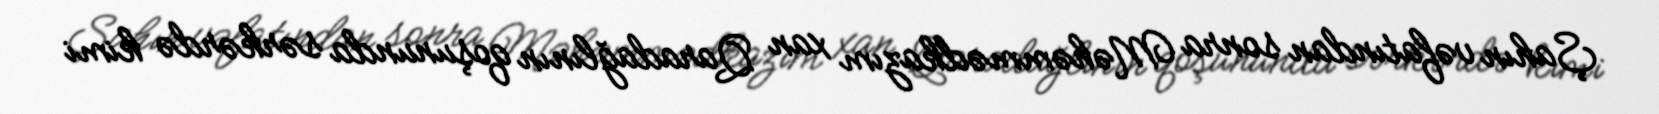
Şahın vəfatından sonra Məhəmmədkazım xan Qaradağlının qoşununda sərkərdə kimi